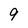
Character: 9